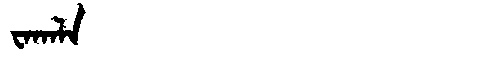
Manchu: ᠸᠠᡴᠠᠯᠠ
Romanization: WAKALA